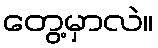
တွေ့မှာလဲ။